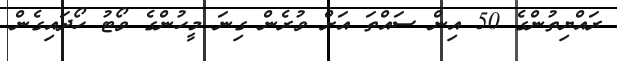
ރައްޔިތުންގެ 50 އިން ސައްތަ އަށް ވުރެން ގިނަ މީހުންގެ ވޯޓު ހޯދައިގެން